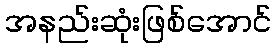
အနည်းဆုံးဖြစ်အောင်